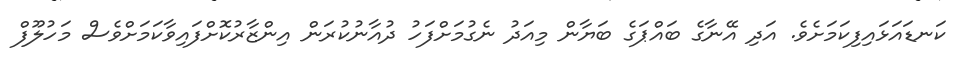
ކަނޑައަޅައިފިކަމަށެވެ. އަދި އޭނާގެ ބައްޕަގެ ބަޔާން މިއަދު ނެގުމަށްފަހު ދުއާނުކުރަން އިންޒާރުކޮށްފައިވާކަމަށްވެސް މަހުލޫފް